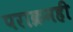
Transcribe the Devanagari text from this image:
पराक्रमही